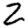
Digit: 2